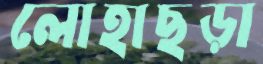
লোহাছড়া